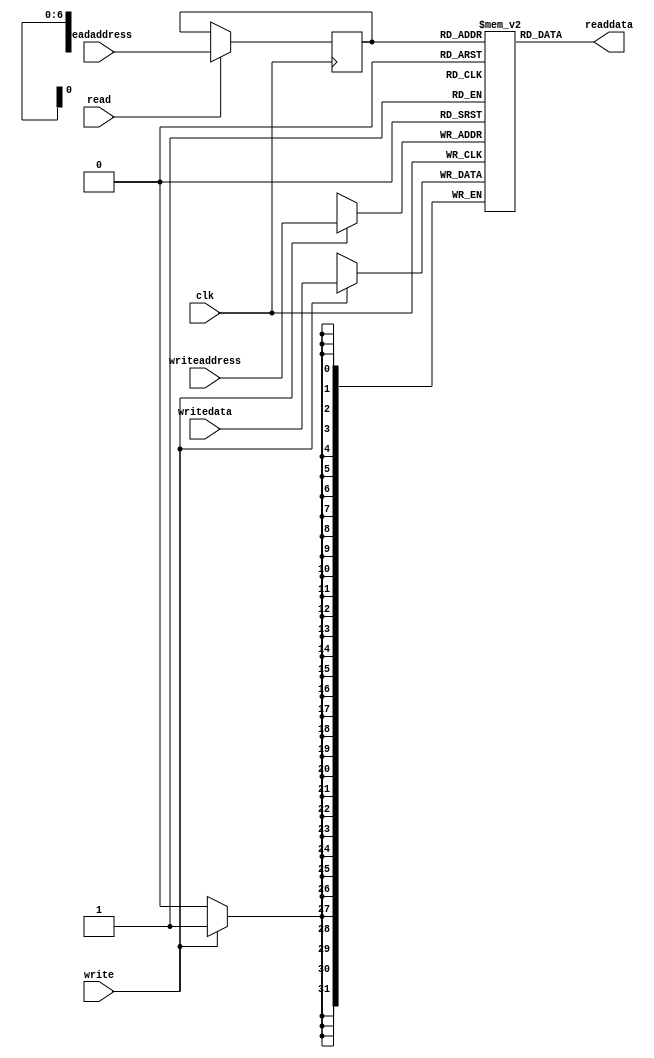
`timescale 1ns/1ns

module mem_1w1r (clk, readaddress, read, readdata, writeaddress, write, writedata);
	parameter ELEMENTS_W = 7;
	localparam ELEMENTS = 2**ELEMENTS_W;
	parameter WIDTH = 32;

	input clk;

    input [ELEMENTS_W-1:0] readaddress;
    input read;
    output [WIDTH-1:0] readdata;

	input [ELEMENTS_W-1:0] writeaddress;
	input write;
	input [WIDTH-1:0] writedata;

reg [WIDTH-1:0] storage[ELEMENTS-1:0];
/*
initial begin
	integer i;
	for(i = 0; i < ELEMENTS; i = i + 1) begin
		storage[i] = 0;
	end
end
*/
reg [ELEMENTS_W-1:0] readaddress_r;

assign readdata = storage[readaddress_r];

always @(posedge clk) begin
	if(write) begin
		storage[writeaddress] <= writedata;
	end
	if(read)
		readaddress_r <= readaddress;
end

endmodule